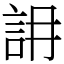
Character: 䛁